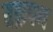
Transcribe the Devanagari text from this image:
वक्रपथ